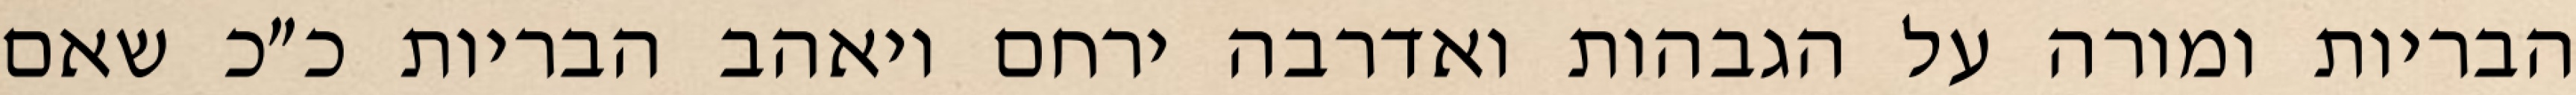
הבריות ומורה על הגבהות ואדרבה ירחם ויאהב הבריות כ״כ שאם